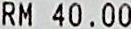
RM 40.00